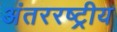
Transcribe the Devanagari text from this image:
अंतररष्ट्रीय